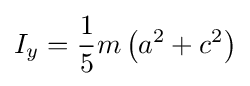
I_{y}={\frac {1}{5}}m\left(a^{2}+c^{2}\right)\,\!